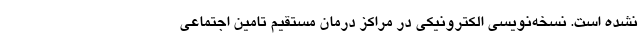
نشده است. نسخه‌نویسی الکترونیکی در مراکز درمان مستقیم تامین اجتماعی